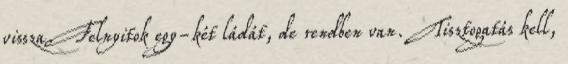
vissza. Felnyitok egy-két ládát, de rendben van. Tisztogatás kell,